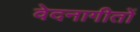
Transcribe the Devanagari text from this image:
वेदनागीतों